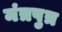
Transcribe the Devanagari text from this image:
मंत्रपुत्र